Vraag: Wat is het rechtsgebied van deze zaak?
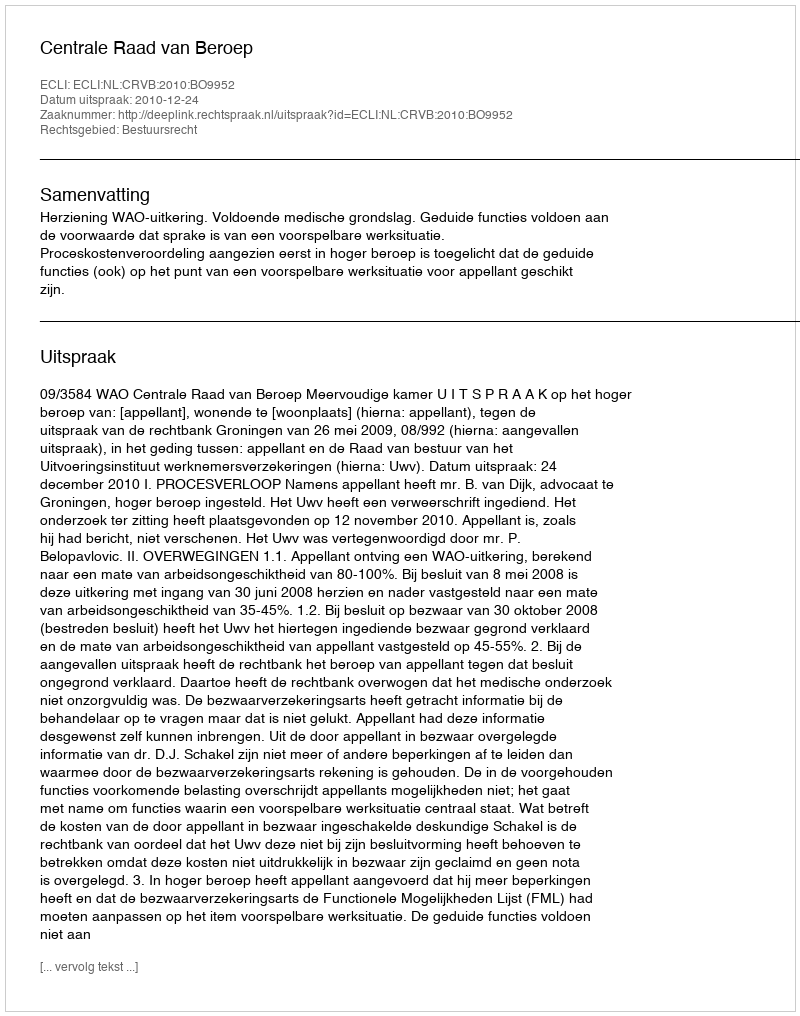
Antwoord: Bestuursrecht